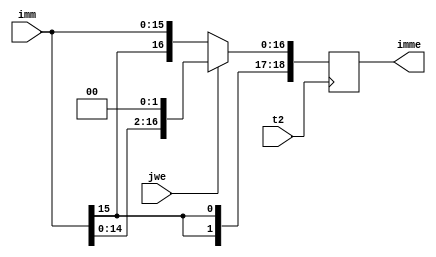
`timescale 1ns / 1ps

module ex(
    input   t2,
    input   [15:0] imm,
    input   jwe,
    output  reg [31:0] imme
    );
	always @ (posedge t2)
	begin
        imme={{16{imm[15]}},imm[15:0]};
        if (jwe)
            imme=imme<<2;
    end
endmodule